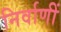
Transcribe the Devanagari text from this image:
निर्वाणीं